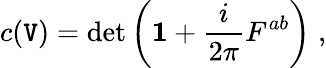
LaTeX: c(\mathtt{V})=\operatorname*{d\mathrm{e}t}\left({\mathbf{1}}+\frac{{i}}{{2\pi}}F^{ab}\right)\; ,